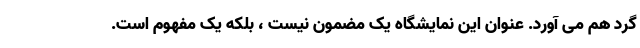
گرد هم می آورد. عنوان این نمایشگاه یک مضمون نیست ، بلکه یک مفهوم است.